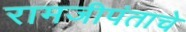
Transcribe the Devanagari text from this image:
रामजीपंताचे